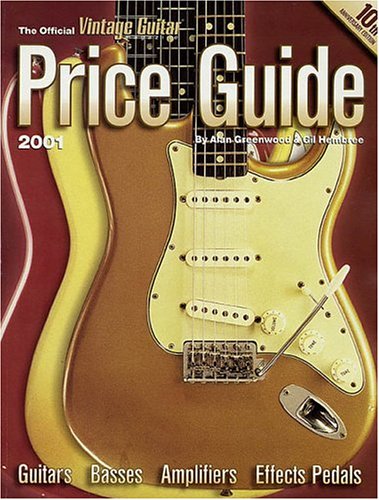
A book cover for The Official Vintage Guitar  Price Guide, 2001 Edition (Official Vintage Guitar Magazine Price Guide); Alan Greenwood; Crafts, Hobbies & Home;